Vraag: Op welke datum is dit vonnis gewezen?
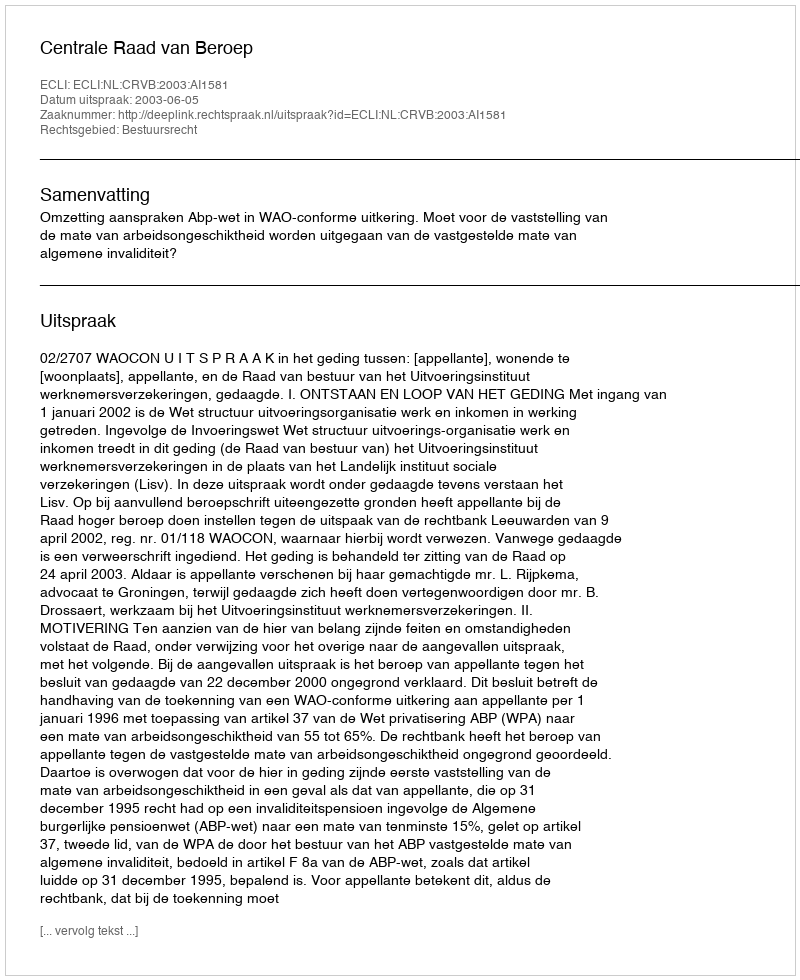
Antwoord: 2003-06-05